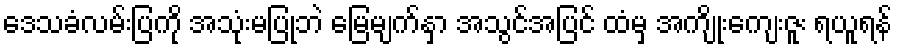
ဒေသခံလမ်းပြကို အသုံးမပြုဘဲ မြေမျက်နှာ အသွင်အပြင် ထံမှ အကျိုးကျေးဇူး ရယူရန်